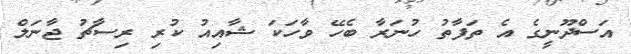
އަސްދޫނީގެ އެ ތަފާތު ހުނަރާ ބެހޭ ވާހަކަ ޝާއިއު ކުރި ރިސާޗު ޖާނަލް